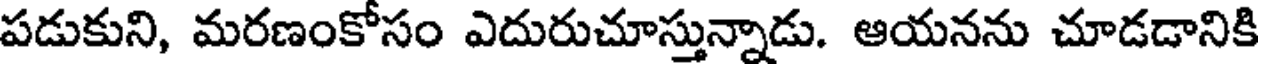
పడుకుని, మరణంకోసం ఎదురుచూస్తున్నాడు. ఆయనను చూడడానికి